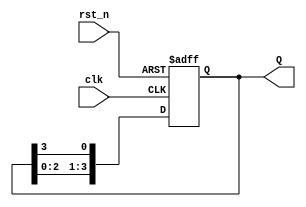
module ring_counter(
    input wire clk,          // Clock input
    input wire rst_n,       // Asynchronous active-low reset
    output reg [N-1:0] Q    // Output register (N bits wide)
);
    parameter N = 4;        // Number of flip-flops in the ring counter

    always @(posedge clk or negedge rst_n) begin
        if (!rst_n) begin
            Q <= 1'b1;      // Initialize the first flip-flop to '1' and others to '0'
        end else begin
            Q <= {Q[N-2:0], Q[N-1]}; // Shift the output, feed back the last flip-flop to the first
        end
    end
endmodule